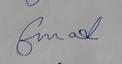
Signature authenticity: forged